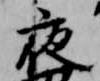
夜